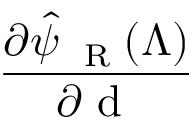
\frac { \partial \hat { \psi } _ { \mathrm { ~ \tiny ~ R ~ } } ( \Lambda ) } { \partial { \mathrm { ~ d ~ } } }